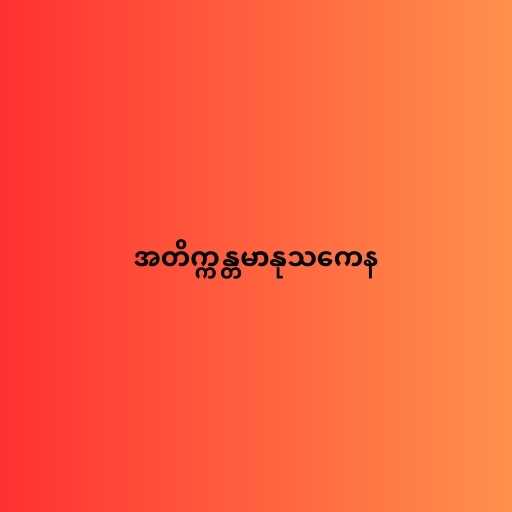
အတိက္ကန္တမာနုသကေန